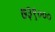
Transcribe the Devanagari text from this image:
७३९०००